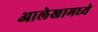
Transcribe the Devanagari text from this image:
आलेखामध्ये